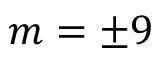
m = \pm 9